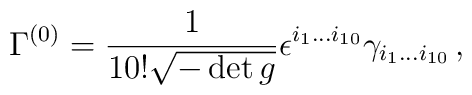
\Gamma^{(0)} = {1\over 10!\sqrt{-\det g}}   \epsilon^{i_1\ldots i_{10}}\gamma_{i_1\ldots i_{10}}\,,